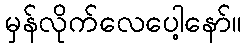
မှန်လိုက်လေပေါ့နော်။